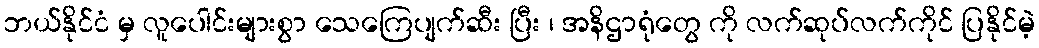
ဘယ်နိုင်ငံ မှ လူပေါင်းများစွာ သေကြေပျက်ဆီး ပြီး ၊ အနိဌာရုံတွေ ကို လက်ဆုပ်လက်ကိုင် ပြနိုင်မဲ့